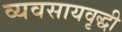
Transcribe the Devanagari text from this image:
व्यवसायवृद्धी